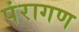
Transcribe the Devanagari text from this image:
पंरागण